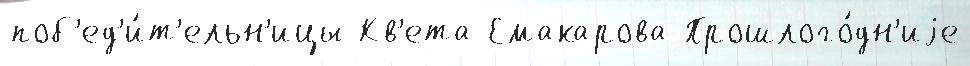
поб'ед'и́т'ельн'ицы Кв'ета Емакарова Прошлого́дн'иjе